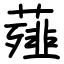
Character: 薤